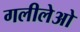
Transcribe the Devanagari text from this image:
गलीलेओ